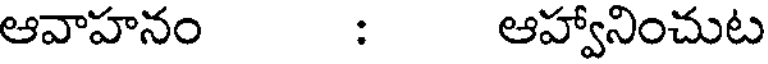
ఆవాహనం : ఆహ్వానించుట